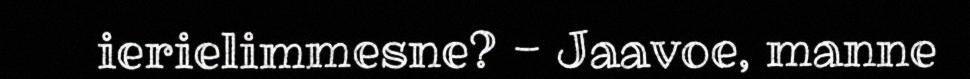
ierielimmesne? - Jaavoe, manne